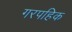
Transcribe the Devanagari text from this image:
गरपहिक